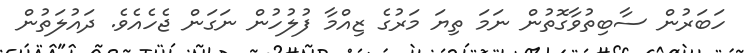
ހަބަރުން ސާބިތުވާގޮތުން ނަމަ ތިޔަ މަރުގެ ޒިއްމާ ފުލުހުން ނަަގަން ޖެހެއެވެ. ދައުލަތުން